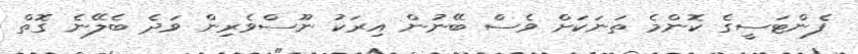
ފެންޓަސީގެ ކޮންމެ ތަނަކަށް ވެސް ބޭނުން އިރަކު ނޫސްވެރިން ވަދެ ބެލޭނެ ގޮތް